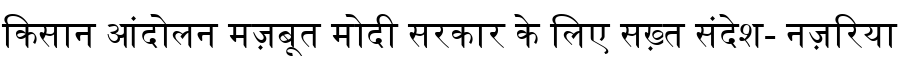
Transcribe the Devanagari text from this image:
किसान आंदोलन मज़बूत मोदी सरकार के लिए सख़्त संदेश- नज़रिया